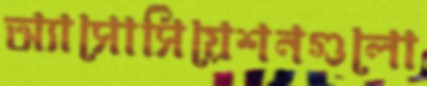
অ্যাসোসিয়েশনগুলো